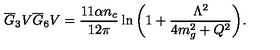
\overline { G } _ { 3 } V \overline { G } _ { 6 } V = { \frac { 1 1 \alpha n _ { c } } { 1 2 \pi } } \ln { \bigg ( 1 + { \frac { \Lambda ^ { 2 } } { 4 m _ { g } ^ { 2 } + Q ^ { 2 } } } \bigg ) } .